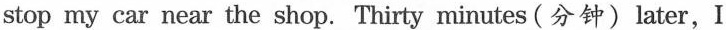
stop my car near the shop. Thirty minutes (分 钟)later,I